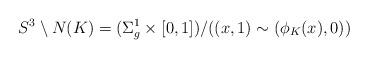
LaTeX: \begin{align*}S^3 \setminus N(K) = (\Sigma_g^1 \times [0,1])/ ((x, 1) \sim (\phi_K(x), 0))\end{align*}